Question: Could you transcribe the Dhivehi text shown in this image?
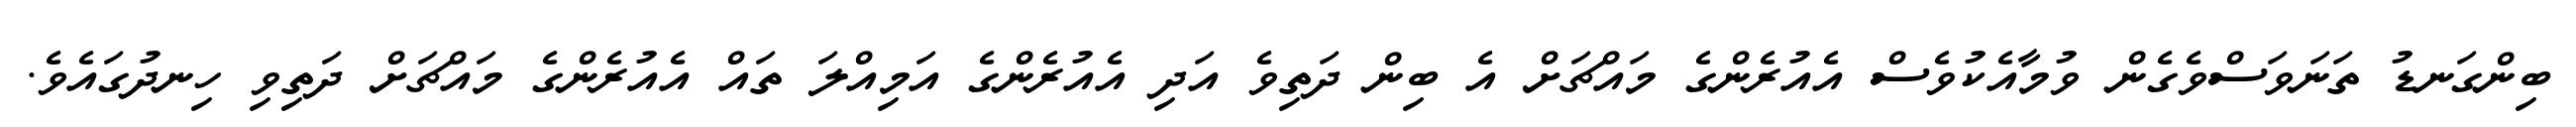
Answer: ބިންގަނޑު ތަނަވަސްވެގެން ވުމާއެކުވެސް އެއުރެންގެ މައްޗަށް އެ ބިން ދަތިވެ އަދި އެއުރެންގެ އަމިއްލަ ތައް އެއުރެންގެ މައްޗަށް ދަތިވި ހިނދުގައެވެ.